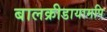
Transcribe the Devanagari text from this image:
बालक्रीडायामपि